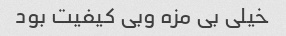
خیلی بی مزه وبی کیفیت بود